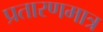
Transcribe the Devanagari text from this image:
प्रतारणमात्र